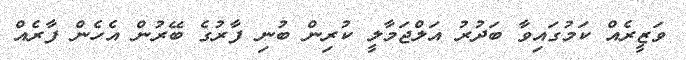
ވަޒީރެއް ކަމުގައިވާ ބަދުރު އަލްޖަމާލީ ކުރިން ބުނި ފާރުގެ ބޭރުން އެހެން ފާރެއް